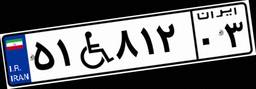
۵۱W۸۱۲۰۳